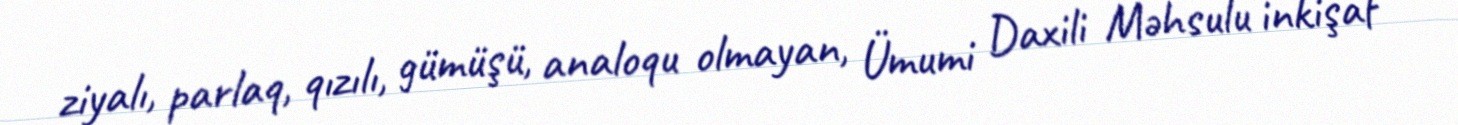
ziyalı, parlaq, qızılı, gümüşü, analoqu olmayan, Ümumi Daxili Məhsulu inkişaf